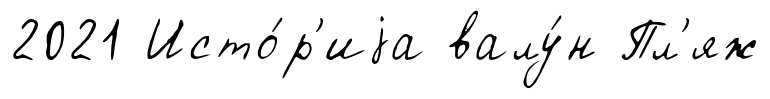
2021 Исто́р'иjа валу́н Пл'яж